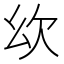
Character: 𣢄